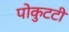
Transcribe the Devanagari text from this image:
पोकुटटी